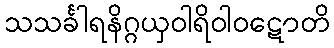
သသင်္ခါရနိဂ္ဂယှဝါရိဝါဝဋောတိ